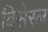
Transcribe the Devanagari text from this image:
विसेरल